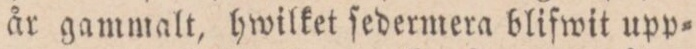
år gammalt, hwilket ſedermera blifwit upp=